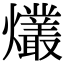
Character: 爜